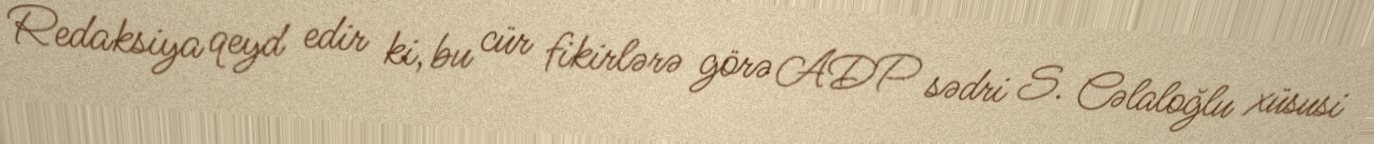
Redaksiya qeyd edir ki, bu cür fikirlərə görə ADP sədri S. Cəlaloğlu xüsusi